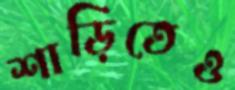
শাড়িতেও